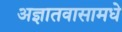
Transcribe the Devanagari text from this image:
अज्ञातवासामधे